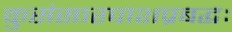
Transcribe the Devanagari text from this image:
कुसंसारपाशप्रबद्धः